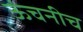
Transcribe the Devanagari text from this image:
ऊंचनीच